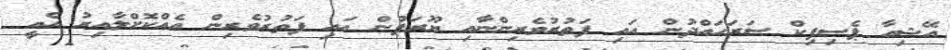
އޭޝިއާ ޕެސިފިކް ސަރަހައްދުން އައި ފަތުރުވެރިންނާއި ޔޫރަޕުން އައި ފަތުރުވެރިން އެއްކޮށްލާއިރު އެއީ